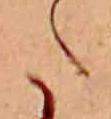
た